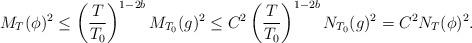
LaTeX: \begin{align*} M_T(\phi)^2 \le \left(\frac{T}{T_0}\right)^{1-2b} M_{T_0}(g)^2 \le C^2 \left(\frac{T}{T_0}\right)^{1-2b} N_{T_0}(g)^2 = C^2 N_T(\phi)^2.\end{align*}